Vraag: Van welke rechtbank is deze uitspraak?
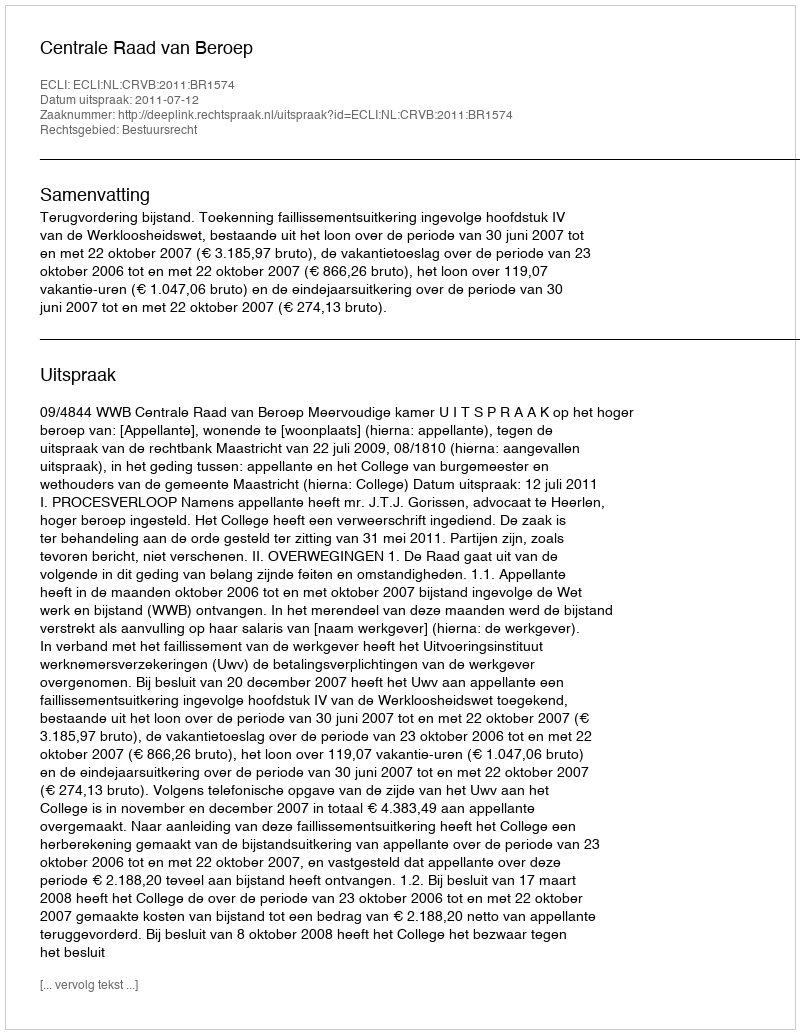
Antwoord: Centrale Raad van Beroep